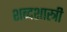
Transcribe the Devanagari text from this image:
शब्दशास्त्री